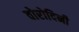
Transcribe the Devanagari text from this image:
वोरोदिनी